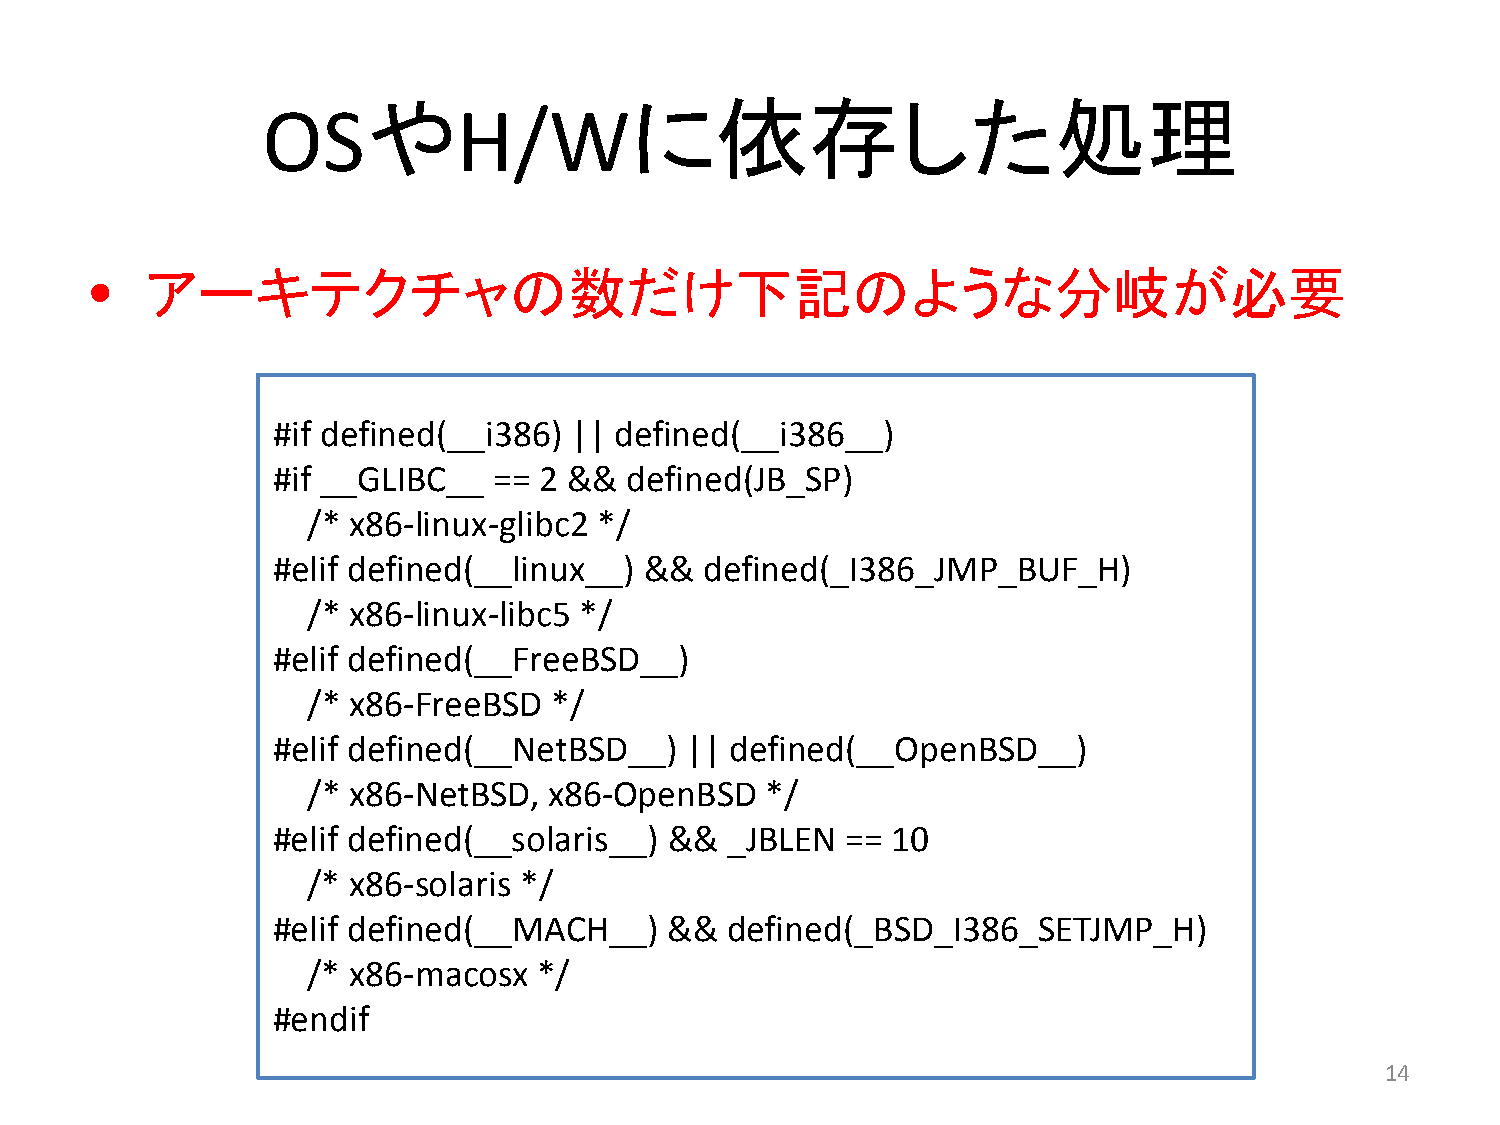
や                に依存した処理
 OS           H/W
 •   アーキテクチャの数だけ下記のような分岐が必要
 #if defined(__i386) || defined(__i386__)
 #if __GLIBC__  == 2 &&  defined(JB_SP)
 /* x86‐linux‐glibc2 */
 #elif defined(__linux__) &&  defined(_I386_JMP_BUF_H)
 /* x86‐linux‐libc5 */
 #elif defined(__FreeBSD__)
 /* x86‐FreeBSD  */
 #elif defined(__NetBSD__)   || defined(__OpenBSD__)
 /* x86‐NetBSD,  x86‐OpenBSD   */
 #elif defined(__solaris__) &&  _JBLEN == 10
 /* x86‐solaris */
 #elif defined(__MACH__)    &&  defined(_BSD_I386_SETJMP_H)
 /* x86‐macosx  */
 #endif
 14